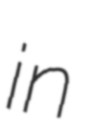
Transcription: in